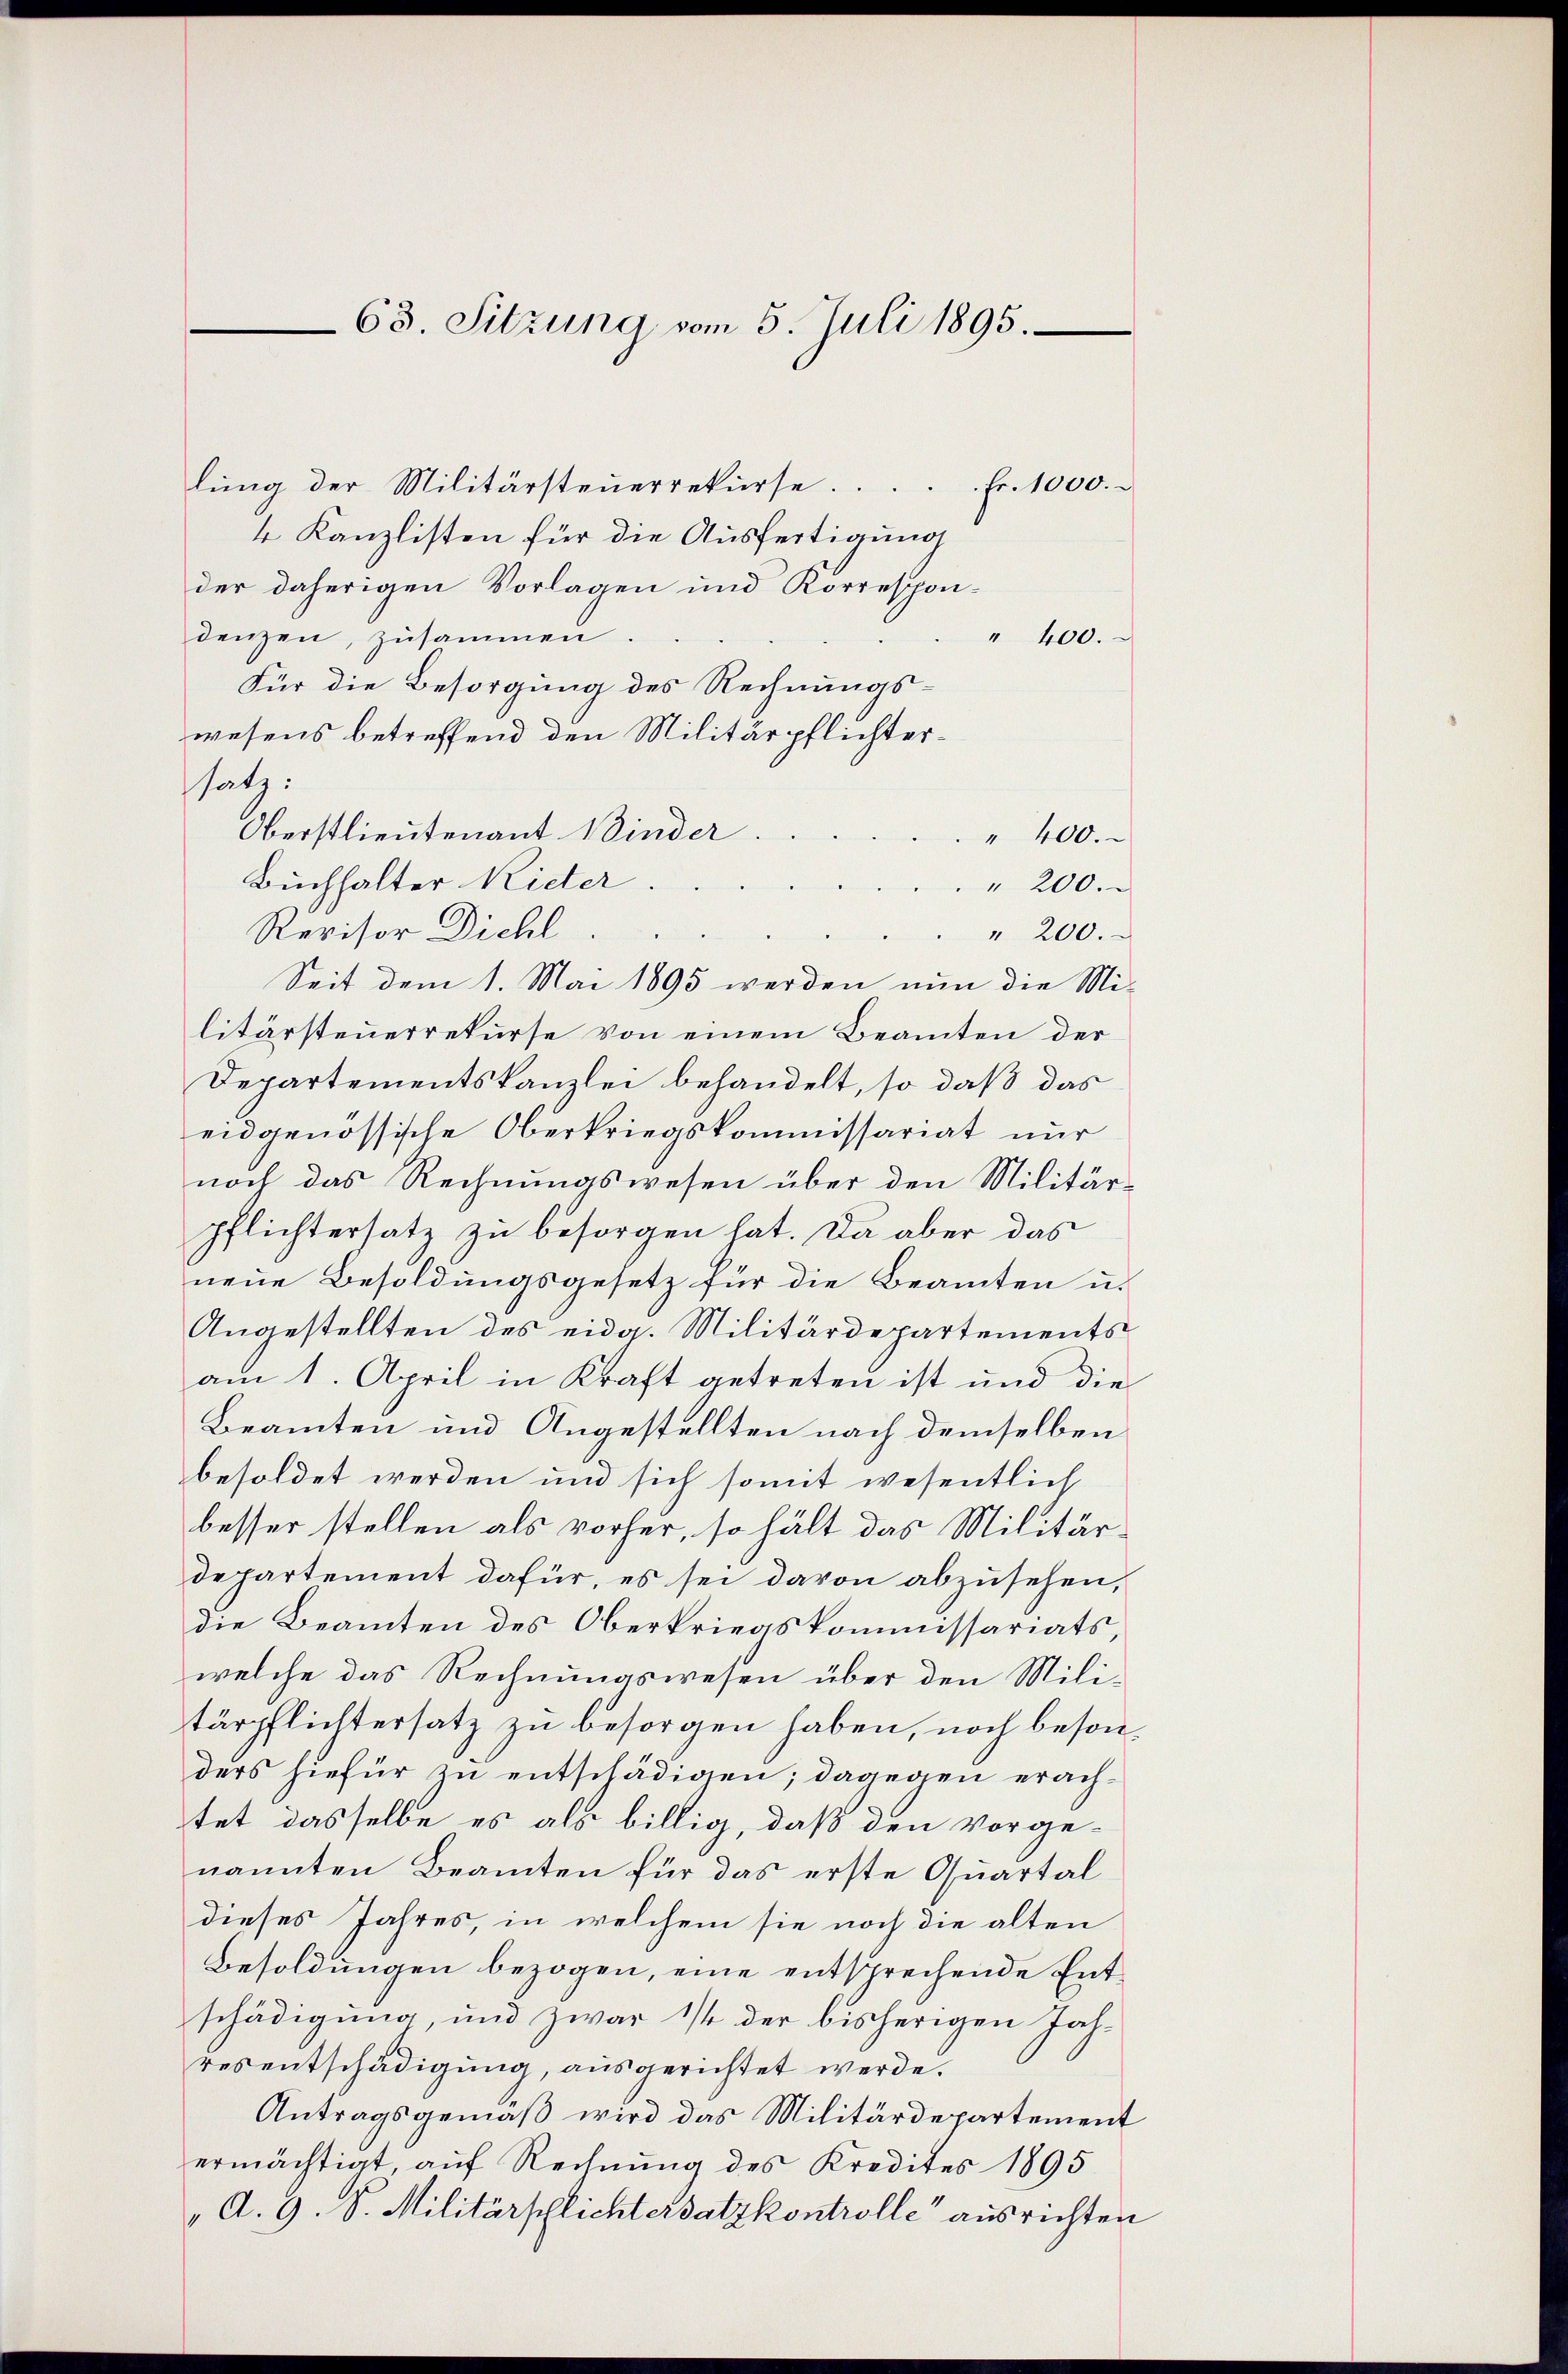
63. Sitzung vom 5. Juli 1895.

lŭng der Militärsteŭerrekŭrse. . . . fr. 1000.
4 Kanzlisten für die Ausfertigung
der daherigen Vorlagen und Korrespon-
denzen, zusammen
" 400.
Für die Besorgung des Rechnungs-
wesens betreffend den Militärpflichterssatz:
Oberstlieutenant Winder
" 400.
Buchhalter Rieter
" 200.
Revisor Dichl
" 200.
Seit dem 1. Mai 1895 werden nun die Militärsteuerrekurse von einem Beamten der
Departementskanzlei behandelt, so daß das
eidgenössische Oberkriegskommissariat nur
noch das Rechnungswesen über den Militärpflichtersatz zu besorgen hat. Da aber das
neue Besoldungsgesetz für die Beamten u.
Angestellten des eidg. Militärdepartements
am 1. April in Kraft getreten ist und die
Beamten und Angestellten nach demselben
besoldet werden und sich somit wesentlich
besser stellen als vorher, so hält das Militärdepartement dafür, es sei davon abzusehen,
die Beamten des Oberkriegskommissariats,
welche das Rechnungswesen über den Mili-
tärpflichtersatz zu besorgen haben, noch besonders hiefür zu entschädigen; dagegen erachtet dasselbe es als billig, daß den vorge-
nannten Beamten für das erste Quartal
dieses Jahres, in welchem sie noch die alten
Besoldungen bezogen, eine entsprechende Entschädigung, und zwar ist der bisherigen Jahresentschädigung, ausgerichtet werde.
Antragsgemäß wird das Militärdepartement
ermächtigt, auf Rechnung des Kredites 1895
A. 9. S. Militärschlichtersatzkontrolle ausrichten